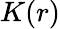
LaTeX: K(r)